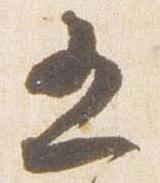
五